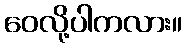
ဝေလို့ပါကလား။